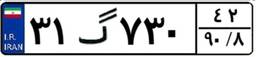
۶۵گ۳۴۲۵۱